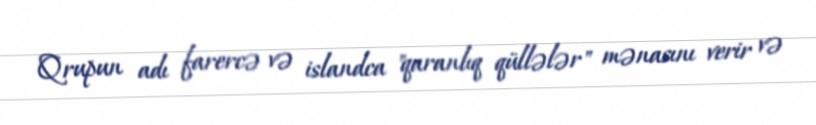
Qrupun adı farercə və islandca "qaranlıq qüllələr" mənasını verir və